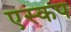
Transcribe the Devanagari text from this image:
एस्कप